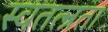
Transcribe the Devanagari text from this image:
स्वतत्न्रता